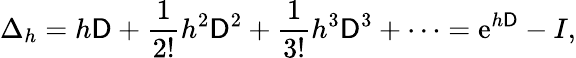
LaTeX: \Delta_{h}=h\mathsf{D}+{\frac{{1}}{{2!}}}h^{2}\mathsf{D}^{2}+{\frac{{1}}{{3!}}}h^{3}\mathsf{D}^{3}+\cdots=\mathrm{{e}}^{h\mathsf{D}}-I,